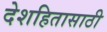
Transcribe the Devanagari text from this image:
देशहितासाठी